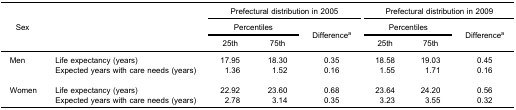
| <ROWSPAN=5> Sex |  | <COLSPAN=3> Prefectural distribution in 2005 | <COLSPAN=3> Prefectural distribution in 2009 |
 |  | <COLSPAN=2> Percentiles | <ROWSPAN=3> Differencea | <COLSPAN=2> Percentiles | <ROWSPAN=3> Differencea |
 |  | 25th | 75th | 25th | 75th |
 | --- | --- | --- | --- | --- | --- | --- | --- |
 | Men | Life expectancy (years) | 17.95 | 18.30 | 0.35 | 18.58 | 19.03 | 0.45 |
 |  | Expected years with care needs (years) | 1.36 | 1.52 | 0.16 | 1.55 | 1.71 | 0.16 |
 | Women | Life expectancy (years) | 22.92 | 23.60 | 0.68 | 23.64 | 24.20 | 0.56 |
 |  | Expected years with care needs (years) | 2.78 | 3.14 | 0.35 | 3.23 | 3.55 | 0.32 |